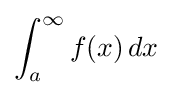
\int _{a}^{\infty }f(x)\,dx